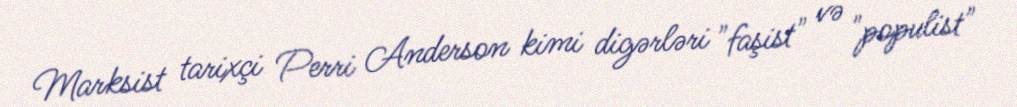
Marksist tarixçi Perri Anderson kimi digərləri "faşist" və "populist"